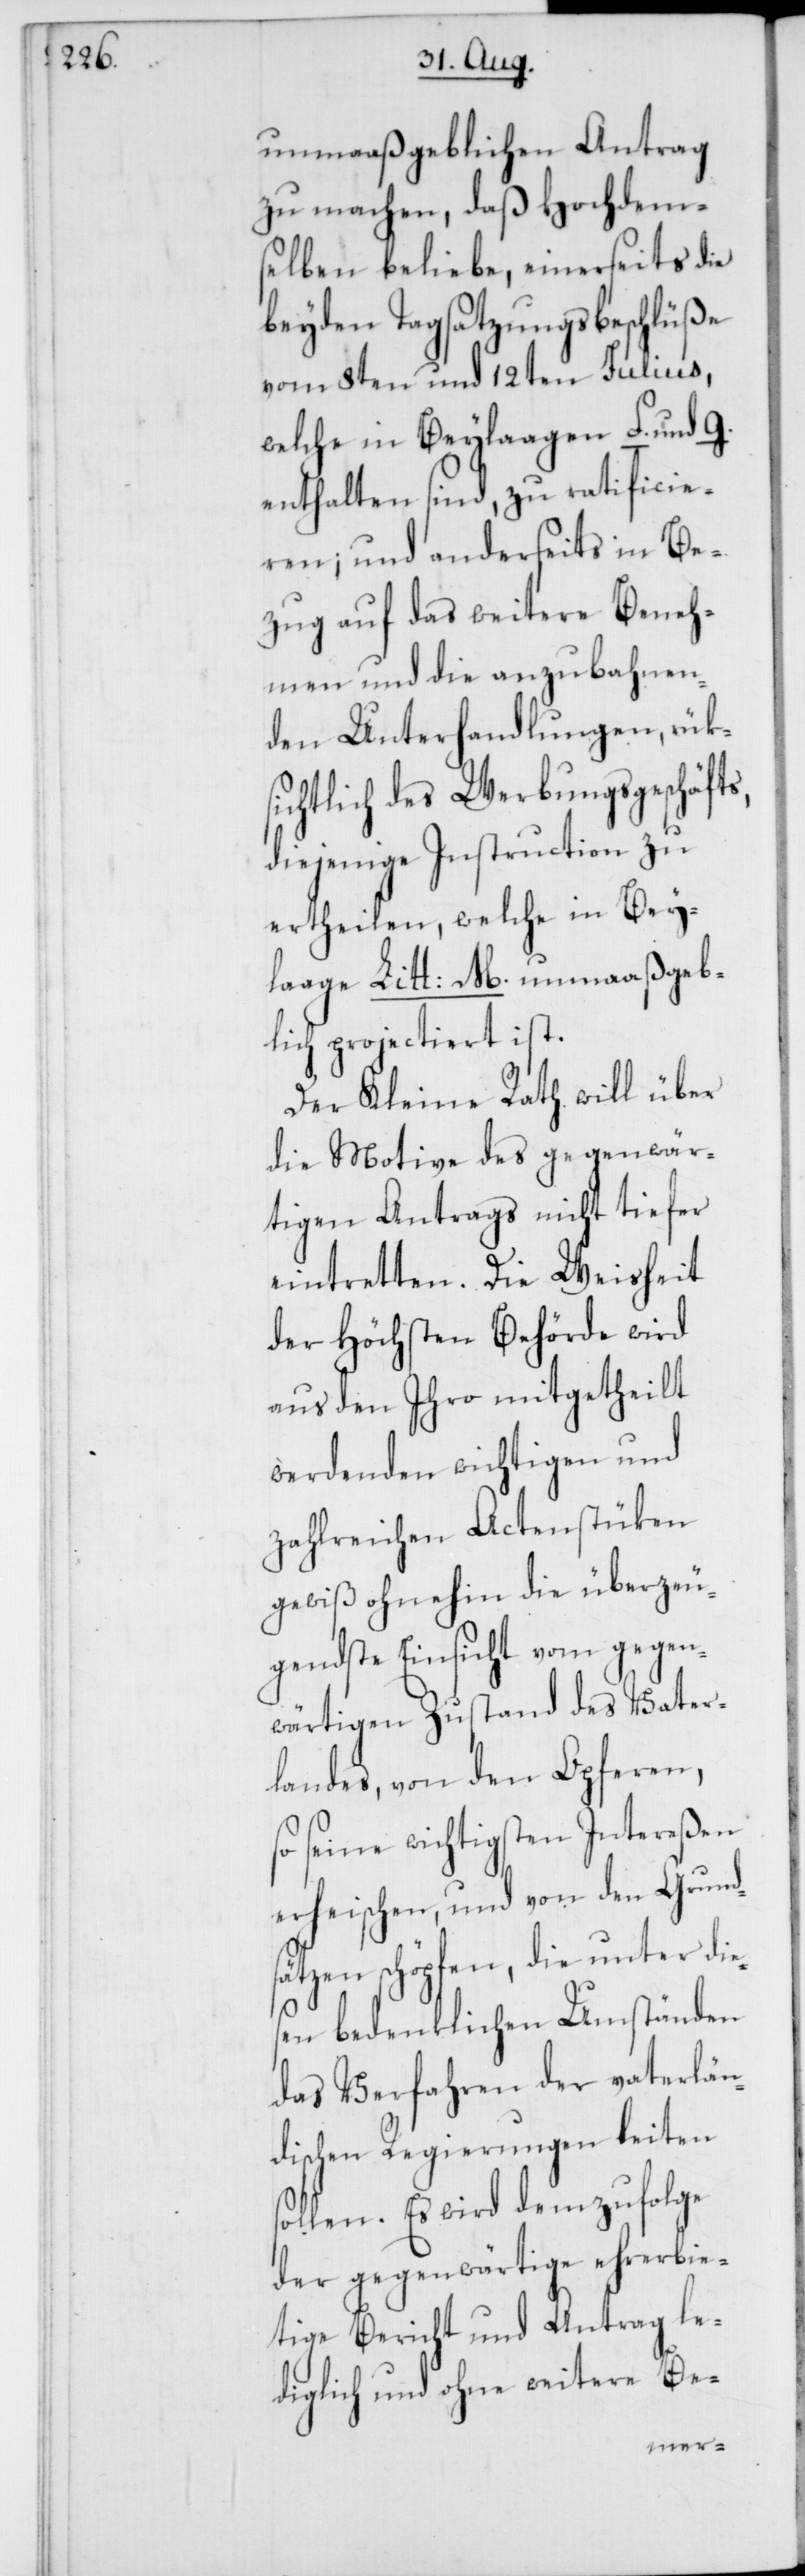
unmaaßgeblichen Antrag
zu machen, daß Hochdem¬
selben beliebe, einerseits die
beyden Tagsatzungsbeschlüße
vom 8ten und 12ten Julius,
welche in Beylaagen F. und G.
enthalten sind, zu ratificie¬
ren; und anderseits in Be¬
zug auf das weitere Beneh¬
men und die anzubahnen¬
den Unterhandlungen, rüks¬
ichtlich des Werbungsgeschäfts,
diejenige Instruction zu
ertheilen, welche in Bey¬
laage Litt: M. unmaaßgeb¬
lich projectiert ist.
Der Kleine Rath will über
die Motive des gegenwär¬
tigen Antrags nicht tiefer
eintretten. Die Weisheit
der Höchsten Behörde wird
aus den Ihro mitgetheilt
werdenden wichtigen und
zahlreichen Actenstüken
gewiß ohnehin die überzeu¬
gendste Einsicht vom gegen¬
wärtigen Zustand des Vater¬
landes, von den Opferen,
so seine wichtigsten Intereßen
erheischen, und von den Grund¬
sätzen schöpfen, die unter die¬
sen bedenklichen Umständen
das Verfahren der vaterlän¬
dischen Regierungen leiten
sollen. Es wird demzufolge
der gegenwärtige ehrerbie¬
tige Bericht und Antrag le¬
diglich und ohne weitere Be-